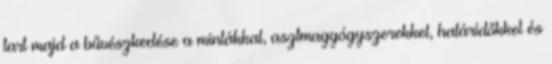
tart majd a bűvészkedése a mintákkal, asztmagyógyszerekkel, határidőkkel és